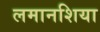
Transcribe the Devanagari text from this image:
लमानशिया